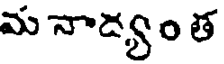
మ నాడ్యం త